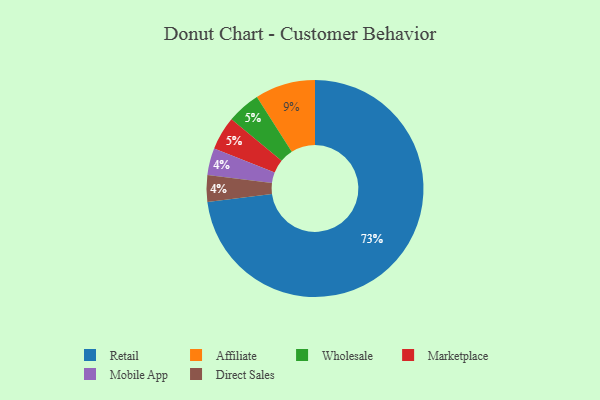
{"axis": {"x": "Category", "y": "Percentage"}, "legend": ["Affiliate", "Direct Sales", "Marketplace", "Mobile App", "Retail", "Wholesale"], "data": [{"x": "Wholesale", "y": 5, "type": "Wholesale"}, {"x": "Retail", "y": 73, "type": "Retail"}, {"x": "Mobile App", "y": 4, "type": "Mobile App"}, {"x": "Affiliate", "y": 9, "type": "Affiliate"}, {"x": "Marketplace", "y": 5, "type": "Marketplace"}, {"x": "Direct Sales", "y": 4, "type": "Direct Sales"}]}